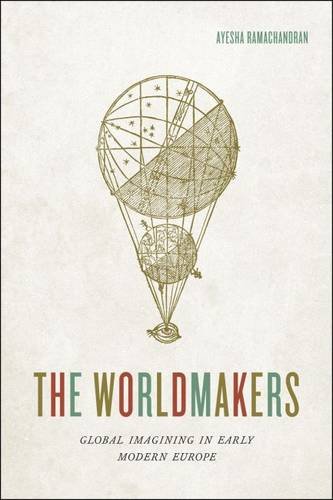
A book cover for The Worldmakers: Global Imagining in Early Modern Europe; Ayesha Ramachandran; Science & Math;